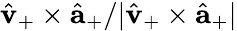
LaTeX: \hat{\mathbf{v}}_{+}\times\hat{{\mathbf a}}_{+}/|\hat{\mathbf{v}}_{+}\times\hat{{\mathbf a}}_{+}|